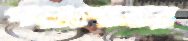
পড়াশোনার